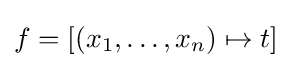
f=\left[(x_{1},\ldots ,x_{n})\mapsto t\right]